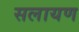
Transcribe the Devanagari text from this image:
सलायण